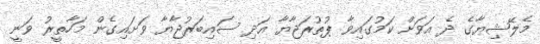
މެލޭޝިޔާގެ ދެ އަވަށް ކަމުގައިވާ ޕުތުރަޖާޔާ އަދި ސައިބަރުޖާޔާ ވަށައިގެން މަހާތީރު ވަނީ